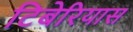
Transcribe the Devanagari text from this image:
टिबेरियास